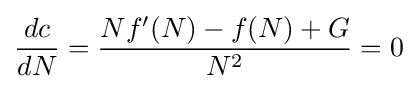
{\frac {dc}{dN}}={\frac {Nf^{\prime }(N)-f(N)+G}{N^{2}}}=0